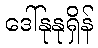
ဒေါ်နုနုရှိန်